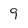
Character: 9